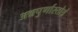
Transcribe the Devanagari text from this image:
अन्नपुर्णास्तोत्रं